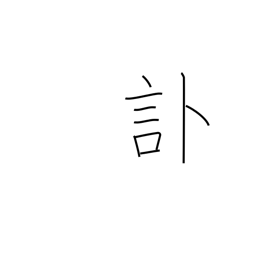
Meaning: obituary